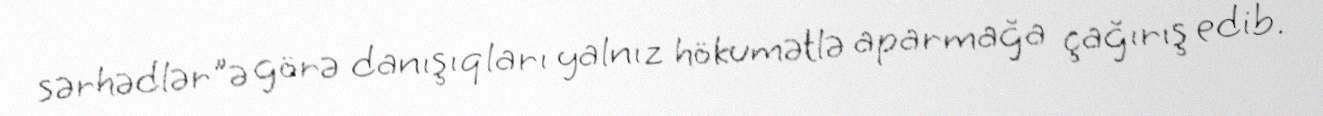
sərhədlər"ə görə danışıqları yalnız hökumətlə aparmağa çağırış edib.